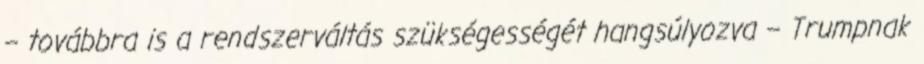
– továbbra is a rendszerváltás szükségességét hangsúlyozva – Trumpnak